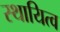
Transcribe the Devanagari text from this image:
स्थायित्‍व